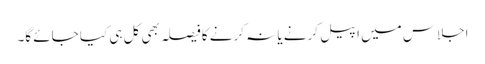
اجلاس میں اپیل کرنے یا نہ کرنے کا فیصلہ بھی کل ہی کیا جائے گا۔